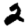
Digit: 2